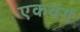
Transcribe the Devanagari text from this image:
एकवर्ग